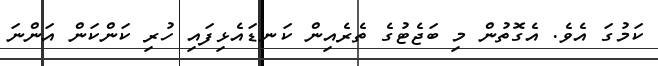
ކަމުގަ އެވެ. އެގޮތުން މި ބަޖެޓުގެ ތެރެއިން ކަނޑައެޅިފައި ހުރި ކަންކަން އަންނަ